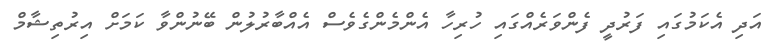
އަދި އެކަމުގައި ފަރުދީ ފެންވަރެއްގައި ހުރިހާ އެންމެންގެވެސް އެއްބާރުލުން ބޭނުންވާ ކަމަށް އިރުތިޝާމް